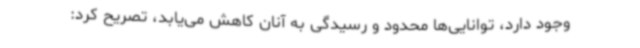
وجود دارد، توانایی‌ها محدود و رسیدگی به آنان کاهش می‌یابد، تصریح کرد: